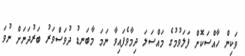
ވަކިން ހާއްސަކޮށް ފަލަވުމުގެ މައްސަލަ ދިމާވެފައިވާ ނަމަ މާބަނޑު ދުވަސްވަރު ބަރުދަނަށް ނުވަ